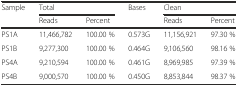
| <ROWSPAN=2> Sample | <COLSPAN=2> Total | <ROWSPAN=2> Bases | <COLSPAN=2> Clean |
 | Reads | Percent | Reads | Percent |
 | --- | --- | --- | --- | --- | --- |
 | PS1A | 11,466,782 | 100.00 % | 0.573G | 11,156,921 | 97.30 % |
 | PS1B | 9,277,300 | 100.00 % | 0.464G | 9,106,560 | 98.16 % |
 | PS4A | 9,210,594 | 100.00 % | 0.461G | 8,969,985 | 97.39 % |
 | PS4B | 9,000,570 | 100.00 % | 0.450G | 8,853,844 | 98.37 % |